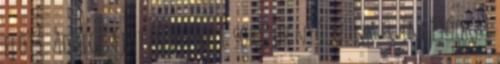
előtt. Addig saját zsebbe kell sokszor nyúlnunk. 3. Indítóokai